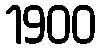
1900